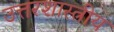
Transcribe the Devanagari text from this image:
उत्तरशास्त्रीय